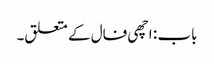
باب : اچھی فال کے متعلق۔